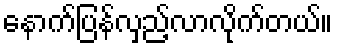
နောက်ပြန်လှည့်လာလိုက်တယ်။